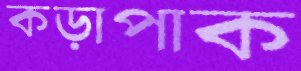
কড়াপাক